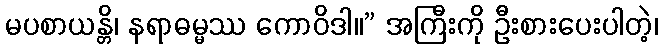
မပစာယန္တိ၊ နရာဓမ္မဿ ကောဝိဒါ။” အကြီးကို ဦးစားပေးပါတဲ့၊